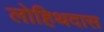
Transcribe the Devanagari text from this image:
लोहिथदास